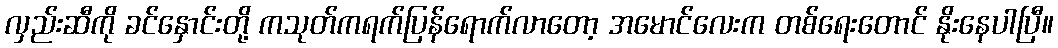
လှည်းဆီကို ခင်နှောင်းတို့ ကသုတ်ကရက်ပြန်ရောက်လာတော့ အမောင်လေးက တစ်ရေးတောင် နိုးနေပါပြီ။